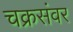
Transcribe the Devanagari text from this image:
चक्रसंवर